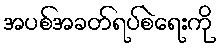
အပစ်အခတ်ရပ်စဲရေးကို